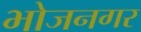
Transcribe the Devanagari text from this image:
भोजनगर